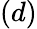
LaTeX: (d)